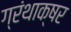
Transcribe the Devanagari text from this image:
ग्रंथाक्षर